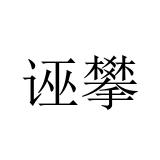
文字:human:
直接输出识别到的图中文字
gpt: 诬攀